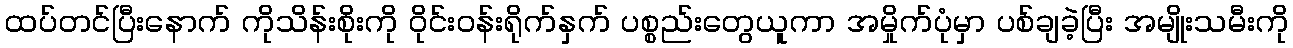
ထပ်တင်ပြီးနောက် ကိုသိန်းစိုးကို ဝိုင်းဝန်းရိုက်နှက် ပစ္စည်းတွေယူကာ အမှိုက်ပုံမှာ ပစ်ချခဲ့ပြီး အမျိုးသမီးကို